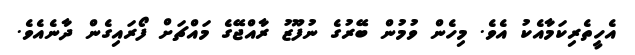
އެހީތެރިކަމާއެކު އެވެ. މިހެން ވުމުން ބޭރުގެ ނުފޫޒު ރާއްޖޭގެ މައްޗަށް ފޯރައިގެން ދާނެއެވެ.